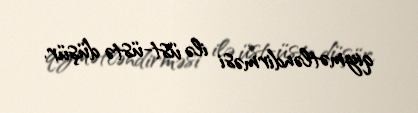
qiymətləndirməsi ilə üst-üstə düşür.